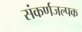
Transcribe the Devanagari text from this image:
संकर्णजल्पक